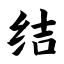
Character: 结